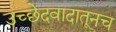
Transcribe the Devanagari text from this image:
उच्छेदवादातूनच